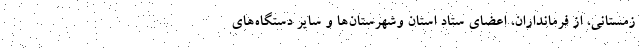
زمستانی، از فرمانداران، اعضای ستاد استان وشهرستان‌ها و سایر دستگاه‌های